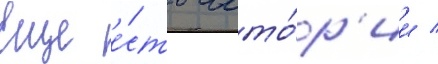
Еще е́сть исто́р'ии /